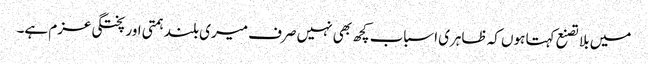
میں بلا تصنع کہتا ہوں کہ ظاہری اسباب کچھ بھی نہیں صرف میری بلند ہمتی اور پختگی عزم ہے۔